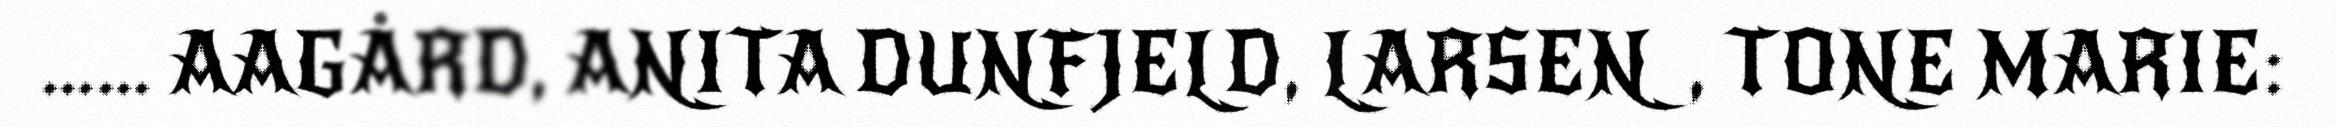
…… AAGÅRD, ANITA DUNFJELD, LARSEN, TONE MARIE: